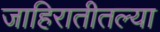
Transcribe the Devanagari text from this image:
जाहिरातीतल्या